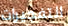
التفجيرات